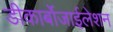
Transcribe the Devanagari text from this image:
डीकार्बोजाईलेशन